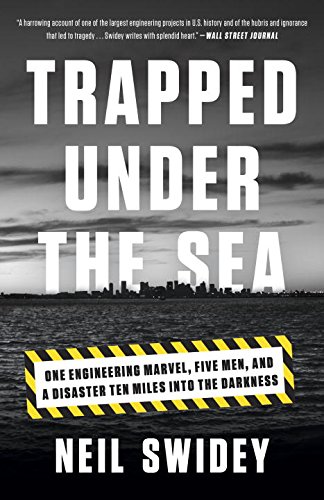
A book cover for Trapped Under the Sea: One Engineering Marvel, Five Men, and a Disaster Ten Miles Into the Darkness; Neil Swidey; Engineering & Transportation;